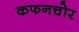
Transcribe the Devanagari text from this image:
कफनचोर